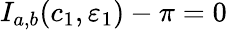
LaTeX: I_{a,b}(c_{1},\varepsilon_{1})-\pi=0